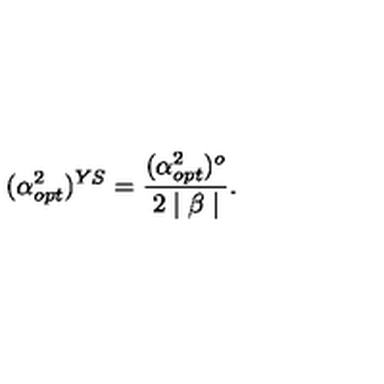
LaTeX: ( \alpha _ { o p t } ^ { 2 } ) ^ { Y S } = \frac { ( \alpha _ { o p t } ^ { 2 } ) ^ { o } } { 2 \mid \beta \mid } .